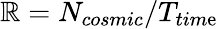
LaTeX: \mathbb{R}=N_{cosmic}/T_{tim\mathrm{e}}